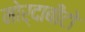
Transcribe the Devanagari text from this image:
मोर्दाबीटो